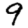
Digit: 9